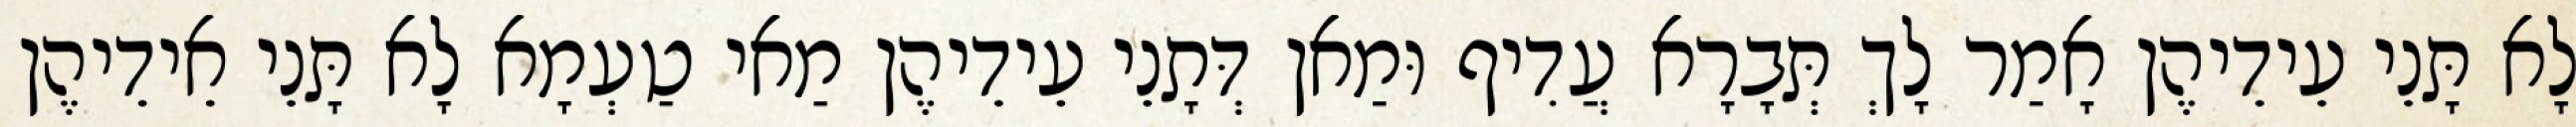
לָא תָּנֵי עֵידֵיהֶן אָמַר לָךְ תְּבָרָא עֲדִיף וּמַאן דְּתָנֵי עֵידֵיהֶן מַאי טַעְמָא לָא תָּנֵי אֵידֵיהֶן